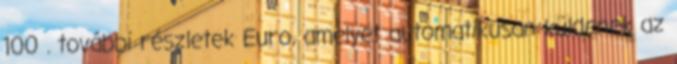
100 . további részletek Euro, amelyet automatikusan küldenek az